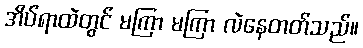
အိပ်ရာထဲတွင် မကြာ မကြာ လဲနေတတ်သည်။